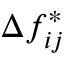
\Delta f _ { i j } ^ { * }